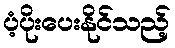
ပံ့ပိုးပေးနိုင်သည့်